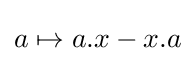
a\mapsto a.x-x.a